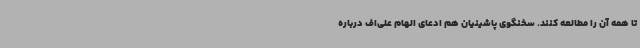
تا همه آن را مطالعه کنند. سخنگوی پاشینیان هم ادعای الهام علی‌اف درباره